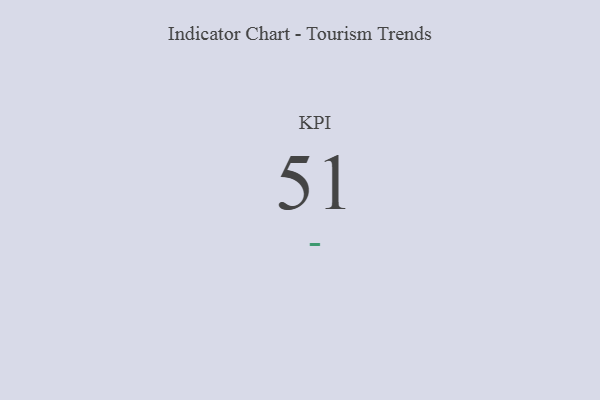
{"axis": {"x": "KPI", "y": "Value"}, "legend": [""], "data": [{"x": "KPI", "y": 51, "type": ""}]}